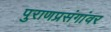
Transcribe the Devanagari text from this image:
पुराणप्रसंगांवर